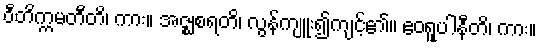
ဝီတိက္ကမတီတိ၊ ကား။ အဇ္ဈစရတိ၊ လွန်ကျူး၍ကျင့်၏။ ဧဝရူပါနီတိ၊ ကား။